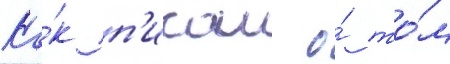
Ка́к п'исал о́ то́м